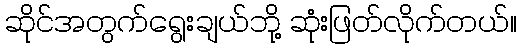
ဆိုင်အတွက်ရွေးချယ်ဘို့ ဆုံးဖြတ်လိုက်တယ်။